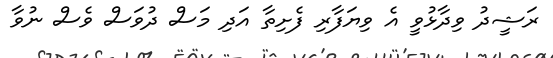
ރަޝީދު ވިދާޅުވީ އެ ވިޔަފާރި ފެށިތާ އަދި މަސް ދުވަސް ވެސް ނުވާ